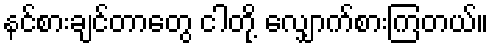
နင်စားချင်တာတွေ ငါတို့ လျှောက်စားကြတယ်။